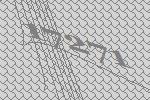
17271